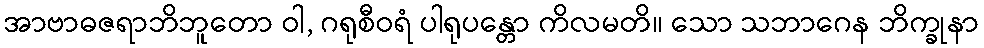
အာဗာဓဇရာဘိဘူတော ဝါ, ဂရုစီဝရံ ပါရုပန္တော ကိလမတိ။ သော သဘာဂေန ဘိက္ခုနာ